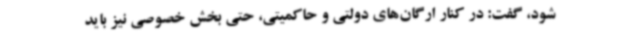
شود، گفت: در کنار ارگان‌های دولتی و حاکمیتی، حتی بخش خصوصی نیز باید